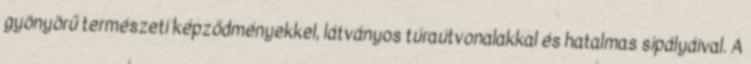
gyönyörű természeti képződményekkel, látványos túraútvonalakkal és hatalmas sípályáival. A